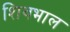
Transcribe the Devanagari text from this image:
शिवभाल